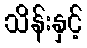
သိန်းနှင့်